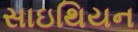
સાઇથિયન